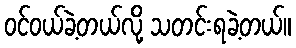
ဝင်ဝယ်ခဲ့တယ်လို့ သတင်းရခဲ့တယ်။